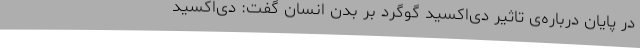
در پایان درباره‌ی تاثیر دی‌اکسید گوگرد بر بدن انسان گفت: دی‌اکسید